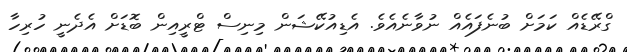
ގްރޭޑެއް ކަމަށް ބުނެފައެއް ނުވާނެއެވެ. އެޑިއުކޭޝަން މިނިސް ޓްރީއިން ބޮޑަށް އެދެނީ ހުރިހާ